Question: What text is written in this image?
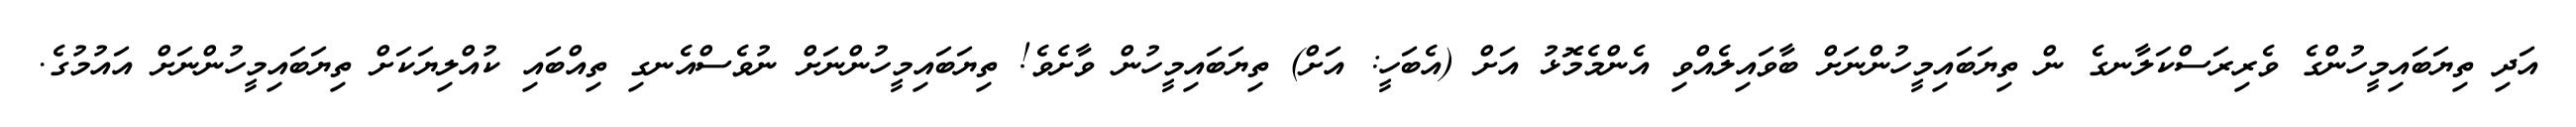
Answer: އަދި ތިޔަބައިމީހުންގެ ވެރިރަސްކަލާނގެ ން ތިޔަބައިމީހުންނަށް ބާވައިލެއްވި އެންމެމޮޅު އަށް (އެބަހީ: އަށް) ތިޔަބައިމީހުން ވާށެވެ! ތިޔަބައިމީހުންނަށް ނުވެސްއެނގި ތިއްބައި ކުއްލިޔަކަށް ތިޔަބައިމީހުންނަށް އައުމުގެ.